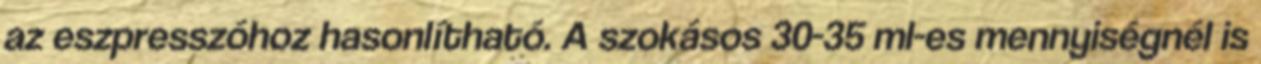
az eszpresszóhoz hasonlítható. A szokásos 30-35 ml-es mennyiségnél is